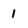
Character: 1